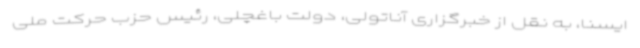
ایسنا، به نقل از خبرگزاری آناتولی، دولت باغچلی، رئیس حزب حرکت ملی